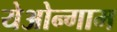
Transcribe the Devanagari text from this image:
येओन्गाम